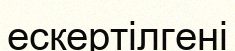
ескертілгені